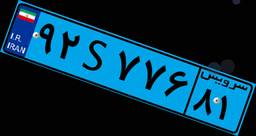
۱۰S۰۴۶۱۴